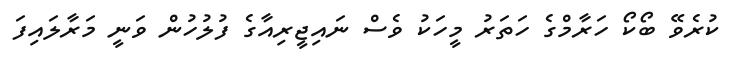
ކުރެވޭ ބޯކޯ ހަރާމްގެ ހަތަރު މީހަކު ވެސް ނައިޖީރިއާގެ ފުލުހުން ވަނީ މަރާލައިފަ